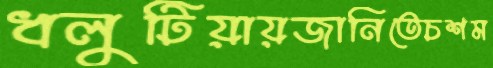
ধলুটিয়ায়জানিতেচশম